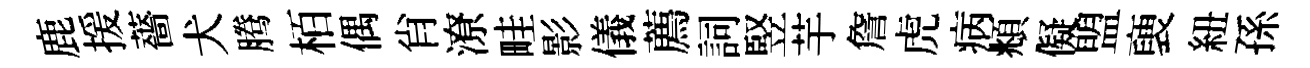
鹿援薔犬腾栢偶肖潦畦影儀薦詞竪芋詹虎病頫儗盟褏紐孫